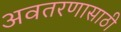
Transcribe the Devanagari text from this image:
अवतरणासाठी